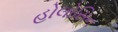
હોલોસિન